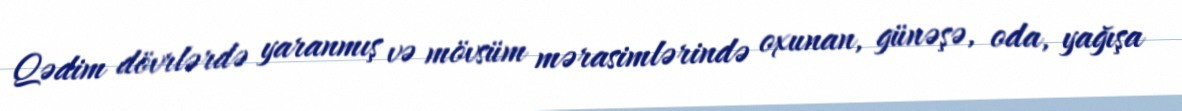
Qədim dövrlərdə yaranmış və mövsüm mərasimlərində oxunan, günəşə, oda, yağışa